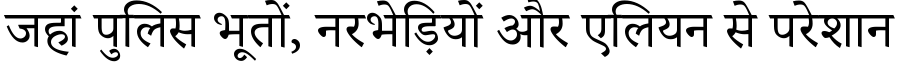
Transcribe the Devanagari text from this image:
जहां पुलिस भूतों, नरभेड़ियों और एलियन से परेशान